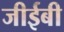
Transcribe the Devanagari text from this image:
जीईबी